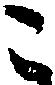
こ